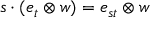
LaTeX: s \cdot ( e _ { t } \otimes w ) = e _ { s t } \otimes w